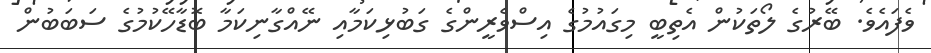
ވެފައެވެ. ބޭރުގެ ލޯތަކުން އެތިބީ މިގައުމުގެ އިސްވެރީންގެ ގަބުޅިކަމާއި ނޭއްގާނިކަމާ ބޮޑާހޭކުމުގެ ސަބަބުން